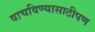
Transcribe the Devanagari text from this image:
वाचविण्यासाठीपण